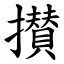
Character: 攅